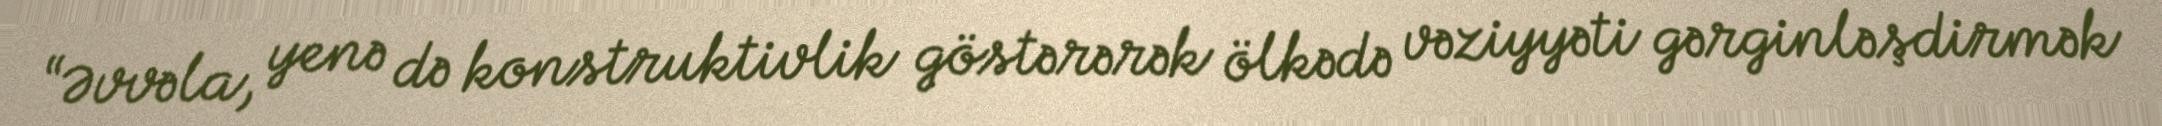
“Əvvəla, yenə də konstruktivlik göstərərək ölkədə vəziyyəti gərginləşdirmək